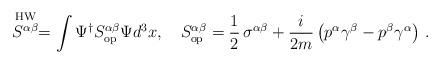
LaTeX: \begin{align*} \stackrel{{\rm HW}}{S^{\alpha\beta}}=\int \Psi^\dagger S^{\alpha\beta}_{\rm op} \Psi d^3x, \quad S^{\alpha\beta}_{\rm op}= \frac{1}{2}\,\sigma^{\alpha\beta}+ \frac{i}{2m}\left(p^\alpha \gamma^\beta-p^\beta \gamma^\alpha \right) \, .\end{align*}